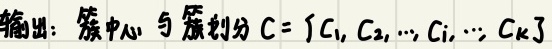
输出：簇中心与簇划分为 $C = \{C_1, C_2, \cdots, C_i, \cdots, C_k\}$